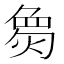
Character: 𪹌